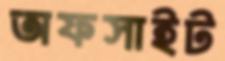
অফসাইট